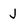
Character: J